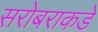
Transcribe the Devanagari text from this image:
सरोबराकडे